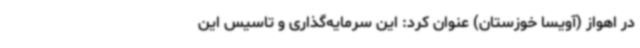
در اهواز (آویسا خوزستان) عنوان کرد: این سرمایه‌گذاری و تاسیس این